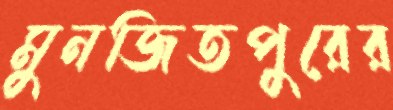
মুনজিতপুরের